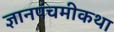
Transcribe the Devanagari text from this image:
ज्ञानपंचमीकथा